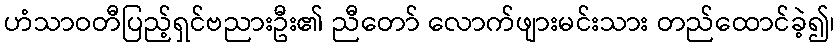
ဟံသာဝတီပြည့်ရှင်ဗညားဦး၏ ညီတော် လောက်ဖျားမင်းသား တည်ထောင်ခဲ့၍၊